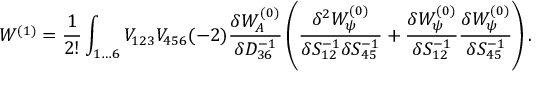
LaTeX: W ^ { ( 1 ) } = \frac { 1 } { 2 ! } \int _ { 1 \ldots 6 } V _ { 1 2 3 } V _ { 4 5 6 } ( - 2 ) \frac { \delta W _ { A } ^ { ( 0 ) } } { \delta D _ { 3 6 } ^ { - 1 } } \left( \frac { \delta ^ { 2 } W _ { \psi } ^ { ( 0 ) } } { \delta S _ { 1 2 } ^ { - 1 } \delta S _ { 4 5 } ^ { - 1 } } + \frac { \delta W _ { \psi } ^ { ( 0 ) } } { \delta S _ { 1 2 } ^ { - 1 } } \frac { \delta W _ { \psi } ^ { ( 0 ) } } { \delta S _ { 4 5 } ^ { - 1 } } \right) .